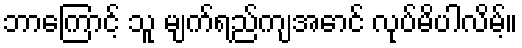
ဘာကြောင့် သူ မျက်ရည်ကျအောင် လုပ်မိပါလိမ့်။